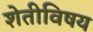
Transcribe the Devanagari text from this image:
शेतीविषय